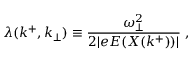
\lambda ( k ^ { + } , k _ { \bot } ) \equiv { \frac { \omega _ { \bot } ^ { 2 } } { 2 \vert e E ( X ( k ^ { + } ) ) \vert } } \; ,